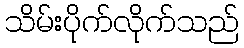
သိမ်းပိုက်လိုက်သည်